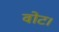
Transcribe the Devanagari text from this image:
वोट।